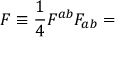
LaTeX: F \equiv \frac { 1 } { 4 } F ^ { a b } F _ { a b } =